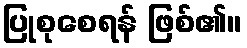
ပြုစုစေရန် ဖြစ်၏။